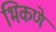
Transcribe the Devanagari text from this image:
भिकणे